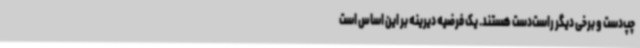
چپ‌دست و برخی دیگر راست‌دست هستند. یک فرضیه دیرینه بر این اساس است